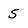
Character: 5